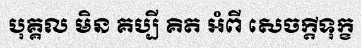
បុគ្គល មិន គប្បី គិត អំពី សេចក្តីទុក្ខ